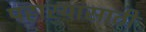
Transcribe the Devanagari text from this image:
पहार्‍यासाठी